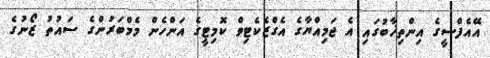
އޭއެފްސީގެ އިންތިޚާބުގައި އެ ޖަމިއްޔާގެ އެގްޒެކެޓިވް ކޮމިޓީގެ އަންހެން މެމްބަރުންގެ ސައުތު ޒޯނުގެ